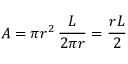
A = \pi r ^ { 2 } \, { \frac { L } { 2 \pi r } } = { \frac { r L } { 2 } }